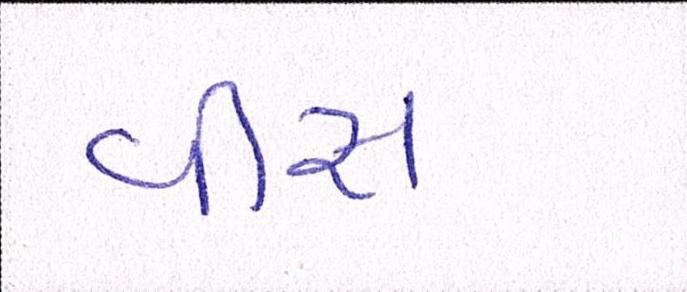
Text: વીસ